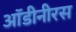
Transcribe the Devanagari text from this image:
ऑडीनीरस